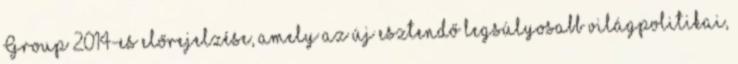
Group 2014-es előrejelzése, amely az új esztendő legsúlyosabb világpolitikai,